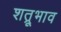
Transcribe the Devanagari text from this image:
शत्रूभाव